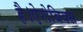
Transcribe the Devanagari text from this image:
है।ऐरोबिक्स